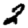
Digit: 2